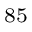
^ { 8 5 }